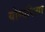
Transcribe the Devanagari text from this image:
योग्यरित्या